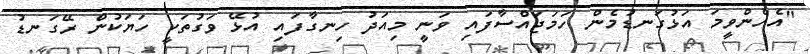
"އެހެންވީމަ އަޅުގަނޑުމެން ހަމަޖައްސާފައި ވަނީ މިއަދު ހިނގާފައި އުޅޭ ވަގުތަކީ ހަޔަކުން ރޭގަނޑު